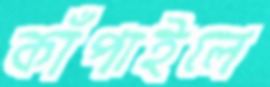
কাঁপাইলে